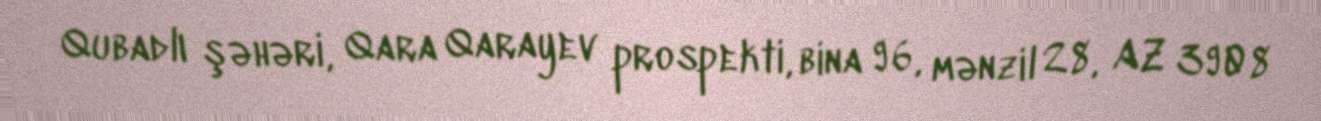
Qubadlı şəhəri, Qara Qarayev prospekti, bina 96, mənzil 28, AZ 3908